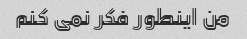
من اینطور فکر نمی کنم